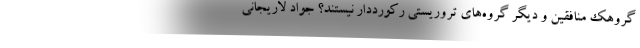
گروهک منافقین و دیگر گروه‌های تروریستی رکورددار نیستند؟ جواد لاریجانی